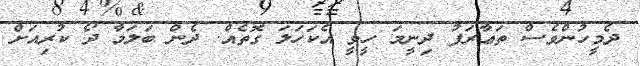
ދެމީހުންވެސް ތަޢާރަފު ދިނީމަ ހީވީ އެކަހަލަ ގޮތެއް. ދެން ބަލަމާ ދޯ ކުރިއަށް